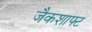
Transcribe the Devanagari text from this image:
जैकशाफ्ट